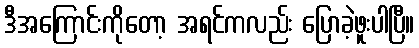
ဒီအကြောင်းကိုတော့ အရင်ကလည်း ပြောခဲ့ဖူးပါပြီ။